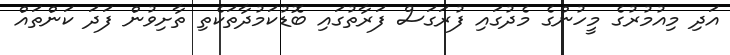
އަދި މިއުމުރުގެ މީހުންގެ މެދުގައި ފުރަގަސް ފަރާތުގައި ބޮޑުކަމުދާތަކެތި ތާށިވުން ފަދަ ކަންތައް